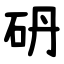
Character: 砃